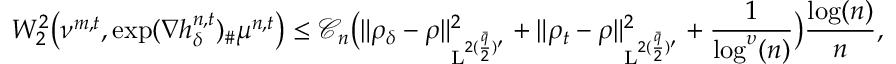
W _ { 2 } ^ { 2 } \big ( \nu ^ { m , t } , \exp ( \nabla h _ { \delta } ^ { n , t } ) _ { \# } \mu ^ { n , t } \big ) \leq \mathcal { C } _ { n } \big ( \| \rho _ { \delta } - \rho \| _ { \mathrm { L } ^ { 2 ( \frac { \bar { q } } { 2 } ) ^ { \prime } } } ^ { 2 } + \| \rho _ { t } - \rho \| _ { \mathrm { L } ^ { 2 ( \frac { \bar { q } } { 2 } ) ^ { \prime } } } ^ { 2 } + \frac { 1 } { \log ^ { \upsilon } ( n ) } \big ) \frac { \log ( n ) } { n } ,